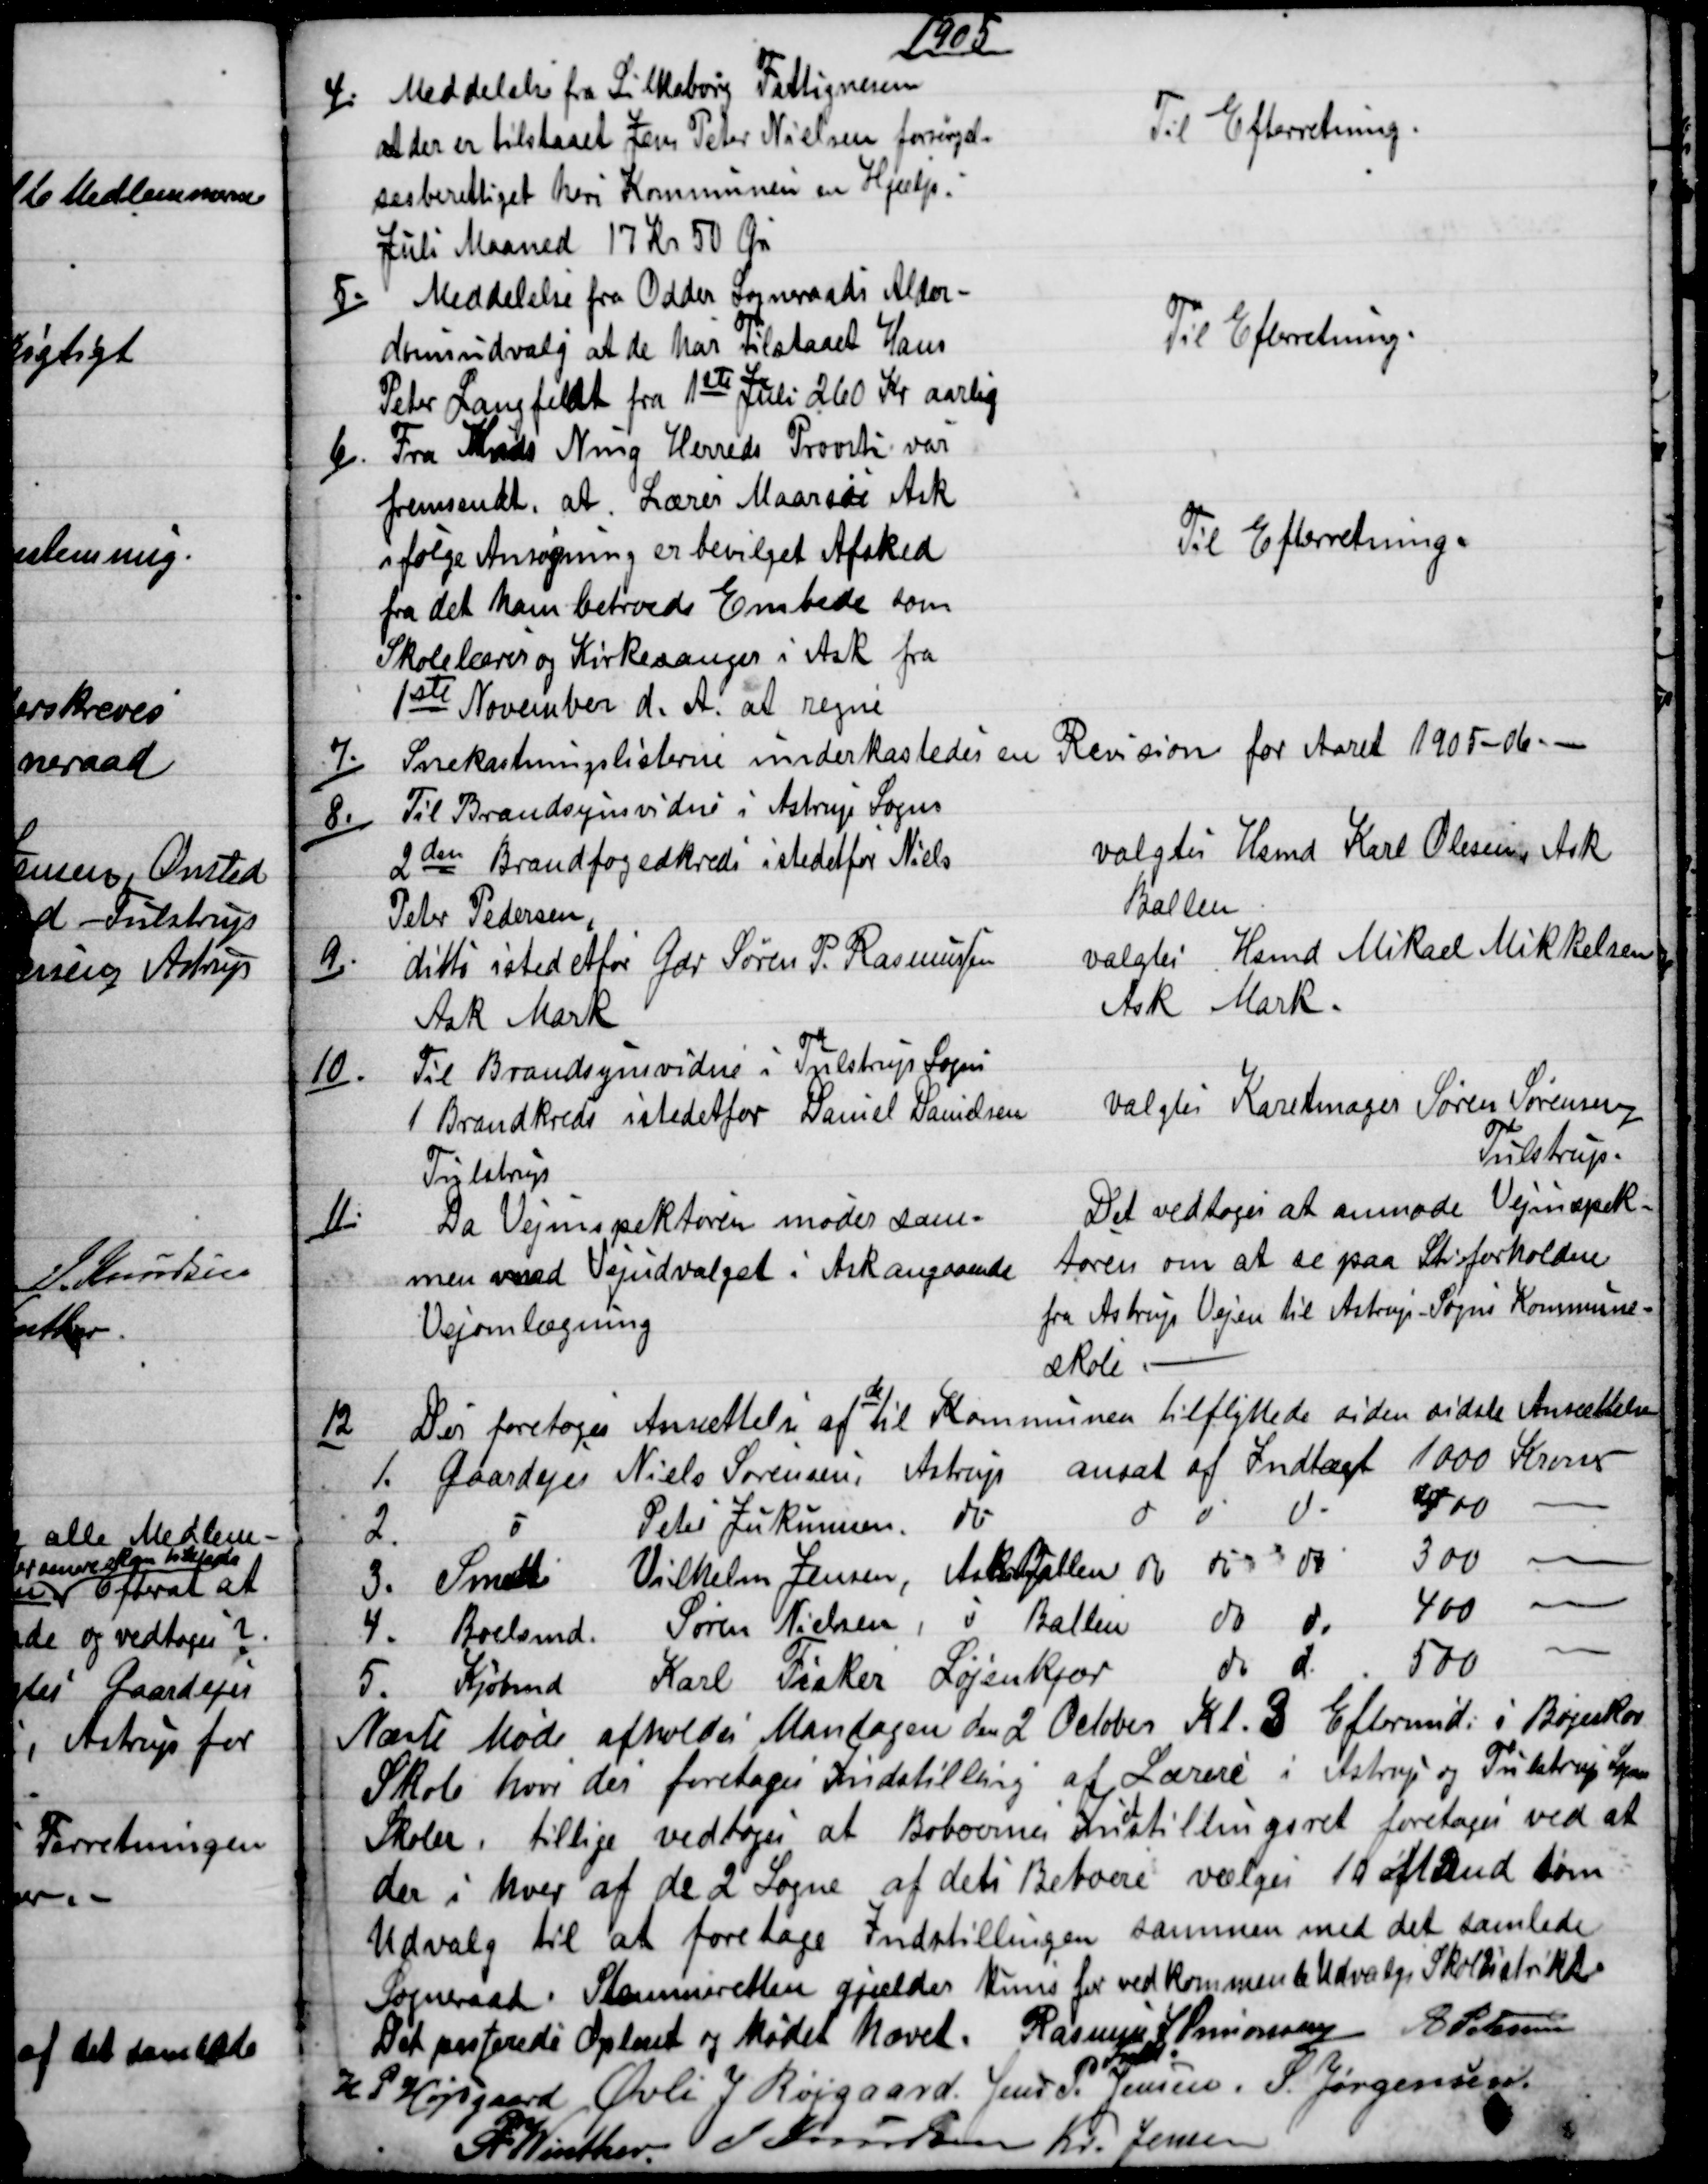
Transskription:
1905
4.)
Meddelelse fra Silkeborg Fattigvæsen
at der er tilstaaet Jens Peter Nielsen forsørgel-
sesberettiget heri Kommunen en Hjælp.
Juli Maaned 17 Kr 50 Øre
Til Efterretning.
5.)
Meddelelse fra Odder Sogneraads Alder-
domsudvalg at de har Tilstaaet Hans
Peter Langfeldt fra 1ste Juli 260 Kr aarlig
Til Efterretning.
6).
Fra Hads Ning Herreds Provsti var
fremsendt, at Lærer Maarsøe Ask
ifølge Ansøgning er bevilget Afsked
fra det ham betroede Embede som
Skolelærer og Kirkesanger i Ask fra
1ste November d. A. at regne
Til Efterretning.
7).
Snekastningslisterne underkastedes en Revision for Aaret 1905-06. 
8.)
Til Brandsynsvidne i Astrup Sogns
2den Brandfogedkreds istedetfor Niels
Peter Pedersen,
valgtes Hsmd Karl Olesen, Ask
Ballen
9)
ditto istedetfor Gdr Søren P. Rasmusen
Ask Mark
valgtes Hsmd Mikael Mikkelsen
Ask Mark.
10.)
Til Brandsynsvidne i Tulstrup Sogns
1 Brandkreds istedetfor Daniel Danielsen
Tulstrup
valgtes Karetmager Søren Sørensen
Tulstrup.
11)
Da Vejinspektøren møder sam=
men med Vejudvalget i Ask angaaende
Vejomlægning
Det vedtoges at anmode Vejinspek-
tøren om at se paa Stiforholdene
fra Astrup Vejen til Astrup - Sogns Kommune-
skole
12.
Der foretoges Ansættelse af 
de
til Kommunen tilflyttede siden sidste Ansættelse
1.
Gaardejer Niels Sørensen, Astrup ansat af Indtægt 1000 Kroner
2.
do
Peter Jukumssen
do
do 
do 
do 
400
3.
Smed Vilhelm Jensen, Ask Ballen do 
do
do
300
4.
Boelsmd. Søren Nielsen, do Ballen 
do 
do
400
5.
Kjøbmd Karl Fisker Løjenkjær 
do 
do 
500
Næste Møde afholdes Mandagen den 2 October Kl. 3 Eftermid: i Bøgeskov
Skole hvor der foretages Indstilling af Lærere i Astrup og Tulstrup Sogne
Skoler, tillige vedtoges at Beboernes In
d
stillingsret foretages ved at
der i hver af de 2 Sogne af dets Beboere vælges 10 Mænd som
Udvalg til at foretage Indstillingen sammen med det samlede
Sogneraad. Stemmeretten gjælder kuns for vedkommende Udvalgs Skoledistrikt
Det passerede Oplæst og Mødet hævet. 
Rasmus J Simonsen 
Fmd.
A Petersen
H P Højsgaard Øvli J Røjgaard. Jens P. Jensen. S. Jørgensen.
A. Winther. J. Knudsen Kr. Jensen